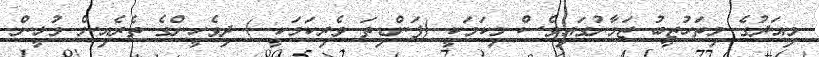
މިއަދުގެ މިތަހުޒީބު ޒަމާނުގައިވެސް މިކަމަކީ (ފަންޑިތަ ވެރިކަމަކީ ) ދިވެހީންގެ ތެރެއިން މުޅީން